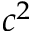
c ^ { 2 }